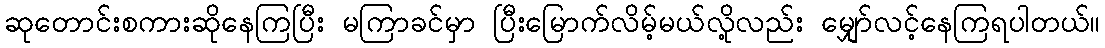
ဆုတောင်းစကားဆိုနေကြပြီး မကြာခင်မှာ ပြီးမြောက်လိမ့်မယ်လို့လည်း မျှော်လင့်နေကြရပါတယ်။